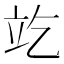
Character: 䇄